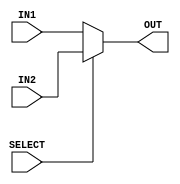
// Computer Architecture (CO224) - Lab 05
// Design: 2 to 1 Multiplexer module
// Group Number : 17

`timescale  1ns/100ps

module mux2to1(IN1, IN2, OUT, SELECT);
	input [7:0] IN1, IN2;
	input SELECT;
	output reg [7:0] OUT;

    always @(*) begin 
        if (SELECT) begin 
            OUT = IN2; 
        end 

        else OUT = IN1;  
    end	
endmodule